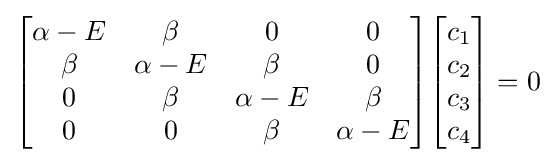
{\begin{bmatrix}\alpha -E&\beta &0&0\\\beta &\alpha -E&\beta &0\\0&\beta &\alpha -E&\beta \\0&0&\beta &\alpha -E\\\end{bmatrix}}{\begin{bmatrix}c_{1}\\c_{2}\\c_{3}\\c_{4}\\\end{bmatrix}}=0